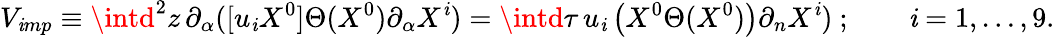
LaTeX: {V}_{\mathit{i}mp}\equiv\intd^{2}z\, \partial_{\alpha}([u_{\mathit{i}}X^{0}]\Theta(X^{0})\partial_{\alpha}X^{\mathit{i}})=\intd\tau\, u_{\mathit{i}}\left(X^{0}\Theta(X^{0})\right)\partial_{n}X^{\mathit{i}})~;\qquad\mathit{i}=1,\ldots,9.